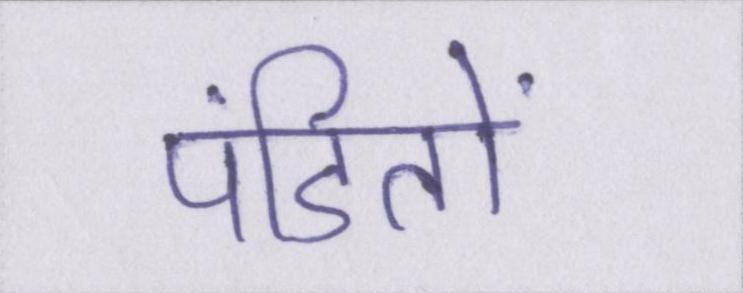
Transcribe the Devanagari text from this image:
पंडितों